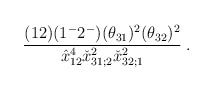
\begin{align*}{(12)(1^-2^-)(\theta_{31})^2(\theta_{32})^2\over \hat x^4_{12}\check x^2_{31;2}\check x^2_{32;1}} \;.\end{align*}